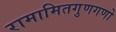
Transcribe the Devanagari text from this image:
रामामितगुणगणो